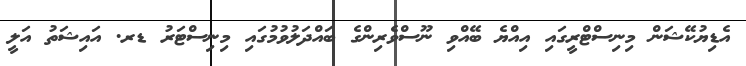
އެޑިޔުކޭޝަން މިނިސްޓްރީގައި އިއްޔެ ބޭއްވި ނޫސްވެރިންގެ ބައްދަލުވުމުގައި މިނިސްޓަރު ޑރ. އައިޝަތު އަލީ